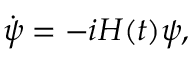
\begin{array} { r } { \dot { \boldsymbol { \psi } } = - i H ( t ) \boldsymbol { \psi } , } \end{array}